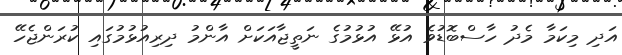
އަދި މިކަމާ މެދު ހާސްބޮޑުވެ އުޅޭ އުޅުމުގެ ނަތީޖާއަކަށް އާންމު ދިރިއުޅުމުގައި ކުރަންޖެހޭ